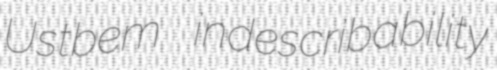
Ustbem indescribability